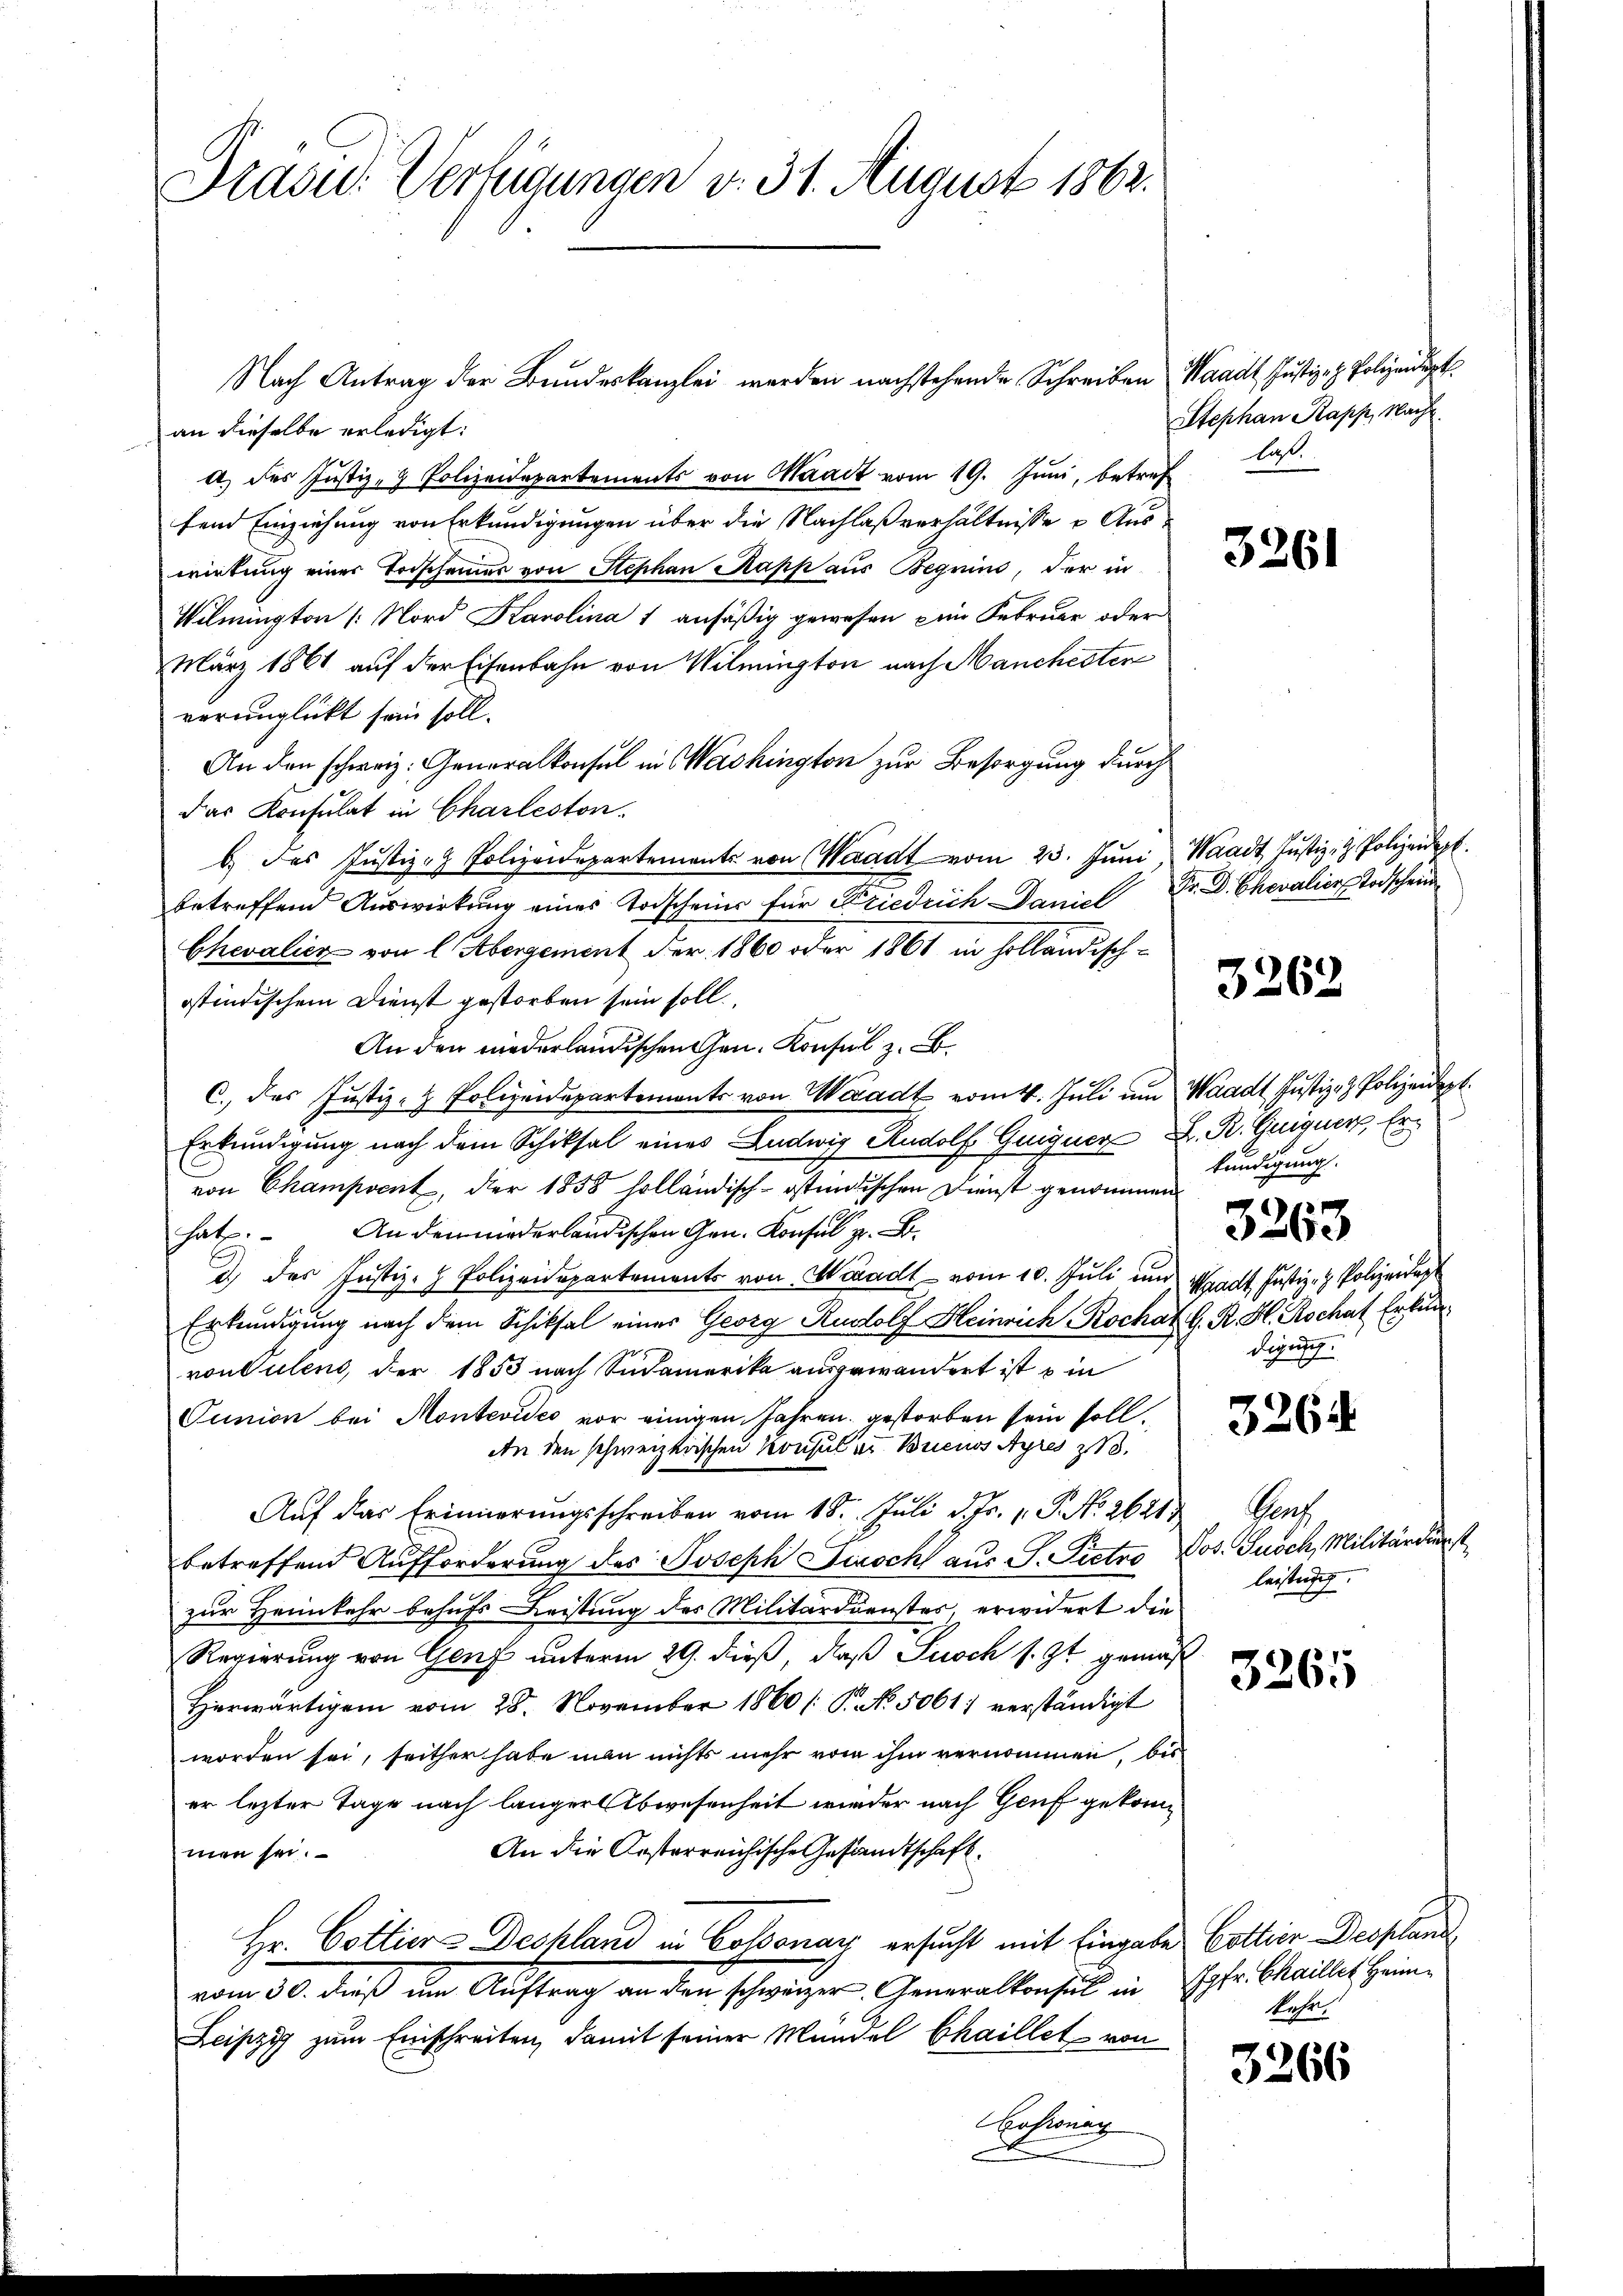
Präsid. Verfügungen d. 31. August 1862.

Nach Antrag der Bundeskanzlei werden nachstehende Schreiben Waadt Justiz- & Polizeidig
f
an dieselbe erledigt:
a) des Justiz- & Polizeidepartements von Maact vom 19. Juni, betref
fend Einziehung von Erkundigungen über die Nachlaßverhältnisse u. Auswirkung einer Torscheiner von Stephan Kapp aus Beguins, der in
Wilmington /: Nord Karolina 1 ansäßig gewesen im Februar oder
März 1861 auf der Eisenbahn von Wilmington nach Manchestere
verunglückt sein soll.
An den schweiz. Generalkonsul in Washington zur Besorgung durch
das Konsulat in Charleston.
b. des Justiz- & Polizeidepartements von Waadt vom 23. Juni, Waadt Justiz- & Polizeidep
betreffend Auswirkung eines Todschein für Friedrich Daniel
Chevalien von l. Übergement der 1860 oder 1861 in holländisch-
ostindischem Dienst gestorben sein soll.
An den wiederländischen Gen. Konsul z. B.
C., das Justiz- & Polizeidepartements von Waadt vom 4. Juli um Waadt Justiz- & Polizeidept.
Erkundigung nach dem Schiksal eines Ludwig Rudolf Guigner K. R. Guiguer, Ervon Champsent, der 1858 holländisch-östundischen Dienst genommen
hat. An den niederländischen Gen. Konsul z. B.
d.) Der Justiz- & Polizeidepartements von Waadt - vom 10. Juli und Mart. Justiz- & Polizeide
Erkundigung nach dem Schiksal einer Georg Rudolf Heinrich Rochat d. R. H. Rochas Erkunvon Sulens, der 1853 nach Südamerika ausgewandert ist ein
Cunion bei Montevides vor einigen Jahren gestorben sein soll.
An den schweizerischen Konsul in Buenos Ayres 18.
Auf das Erinnerungsschreiben vom 18. Juli d. Js. v. P. No. 26213
betreffend Aufforderung des Joseph Fisch aus S. Putro
zur Heimkehr behufs Leistung des Militärdienstes erwidert die
Regierung von Genf unterm 29. dieß, daß Susch s. Zt. gemac
Herwärtigem vom 28. November 1860 / P. No. 5061 verständigt
worden sei, seither habe man nichts mehr von ihm vernommen, bis
er lezter Tage nach länger Abwesenheit wieder nach Genf gekom¬
An die Kosterreichische Gesandtschaft.
men sei.
Hr. Cottiers Despland in Cossonar ersucht mit Eingabe Cottier Desplane
vom 30. daß im Auftrag an den schweiser Generalkonsul in
Leipzig zum Einschreiben, damit seiner Mündel Chaillet von
Cossonanz

Stephan Rapp, Nach
las.

3261

S. D. Chevalien Todschein

3262

kundigung.
421
e
digung.

3264

Hoch
Dos. Susch, Militärdienst
leistung.

3265

Jgfr. Chaillet Heim.
Rahr.

3266